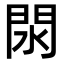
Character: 閖